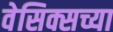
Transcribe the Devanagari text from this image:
वेसिक्सच्या